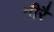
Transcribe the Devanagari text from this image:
नीरै